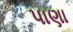
પાણા